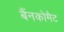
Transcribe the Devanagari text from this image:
बैंनकोमैट